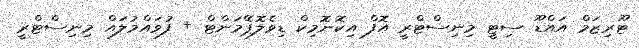
ޓޫރިޒަމް އައްޑޫ ސިޓީ މިނިސްޓްރީ އޮފް އިކޮނޮމިކް ޑިވެލޮޕްެމަންޓް + ފުވައްމުލައް މިނިސްޓްރީ